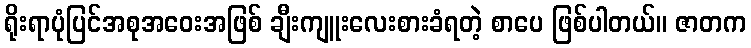
ရိုးရာပုံပြင်အစုအဝေးအဖြစ် ချီးကျူးလေးစားခံရတဲ့ စာပေ ဖြစ်ပါတယ်။ ဇာတက